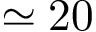
\simeq 2 0